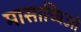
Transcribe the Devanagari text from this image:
मासाच्चिओ